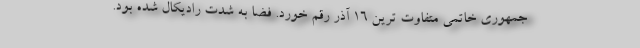
جمهوری خاتمی متفاوت ترین 16 آذر رقم خورد. فضا به شدت رادیکال شده بود.